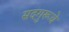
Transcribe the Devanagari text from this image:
सदगुरूचे